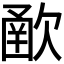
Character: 𣣻